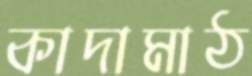
কাদামাঠ